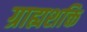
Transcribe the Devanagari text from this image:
ग्राह्यशक्ति